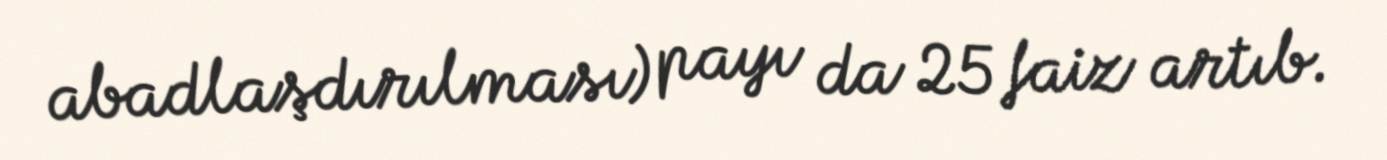
abadlaşdırılması) payı da 25 faiz artıb.